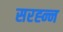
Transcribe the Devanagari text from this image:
सरह्न्न